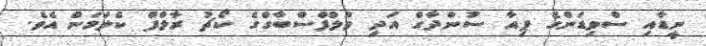
ނީޑާއި ސްވިޑަންގެ ޕިއާ ސުންދާގް އަދި ވުލްފްސްބާގްގެ ކޯޗު ރާލްފް ކެލަމަން އެވެ.